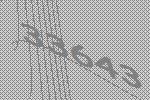
33643